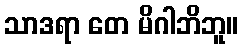
သာဒရာ တေ မိဂါဘိဘူ။